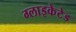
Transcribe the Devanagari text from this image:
ग्लाइकेटेड